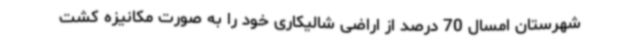
شهرستان امسال 70 درصد از اراضی شالیکاری خود را به صورت مکانیزه کشت